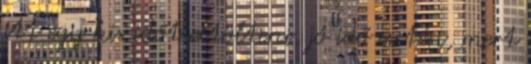
itt egy kis időt eltölteni, jó idő esetén, mert